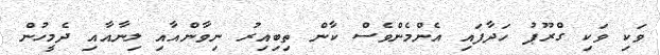
ވަކި ވަކި ގްރޫޕު ހަދާފައި އެންމެންވެސް ކާން ތިބިއިރު ނިވާންއާއި ލިނާއާއި ދެމީހުން